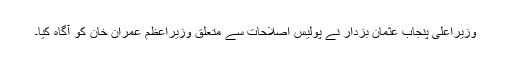
وزیراعلی پنجاب عثمان بزدار نے پولیس اصلاحات سے متعلق وزیراعظم عمران خان کو آگاہ کیا۔